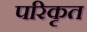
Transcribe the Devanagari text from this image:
परिकृत